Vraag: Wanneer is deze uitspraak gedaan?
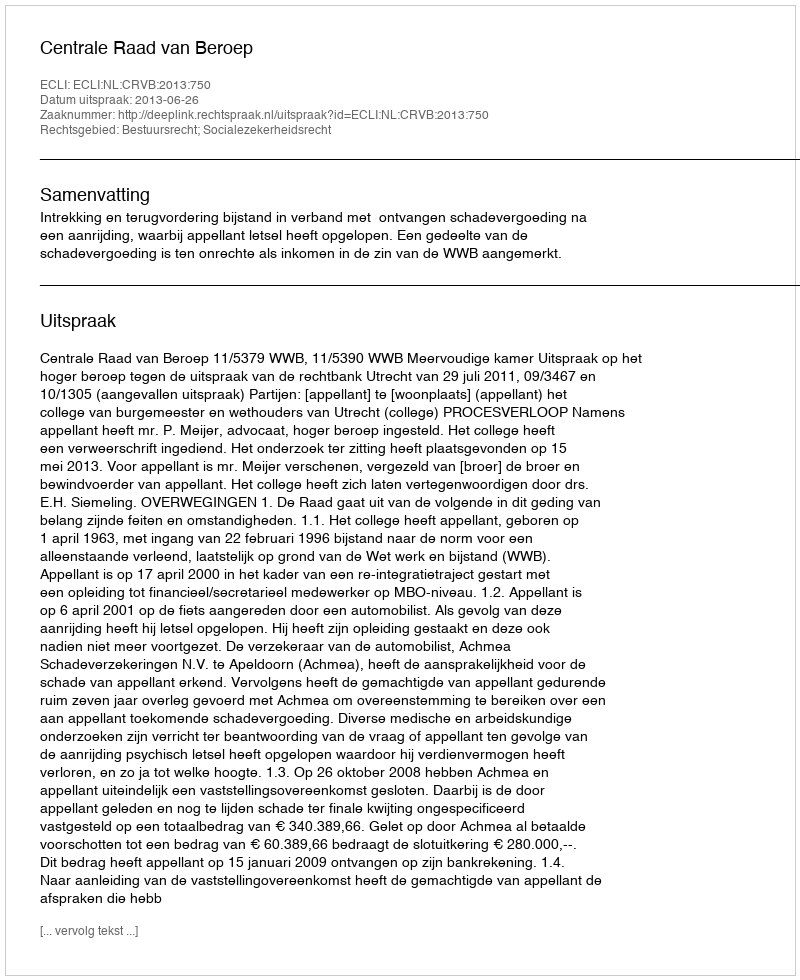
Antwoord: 2013-06-26